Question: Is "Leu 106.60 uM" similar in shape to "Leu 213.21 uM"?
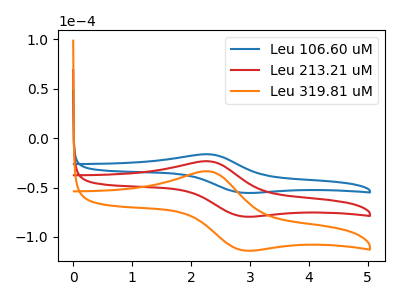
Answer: <think>The blue curve "Leu 106.60 uM" has an anodic peak at (2.30V, -16.35uA) and a cathodic peak at (2.90V, -55.30uA). The red curve "Leu 213.21 uM" has an anodic peak at (2.30V, -23.45uA) and a cathodic peak at (2.90V, -79.20uA). The orange curve "Leu 319.81 uM" has an anodic peak at (2.30V, -46.90uA) and a cathodic peak at (2.90V, -158.40uA).
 All the peaks in "Leu 106.60 uM" have a peak in "Leu 213.21 uM" at the same potential.</think>
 <answer>"Leu 106.60 uM" and "Leu 213.21 uM" are similar in shape.</answer>
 <eval>same_shape</eval>